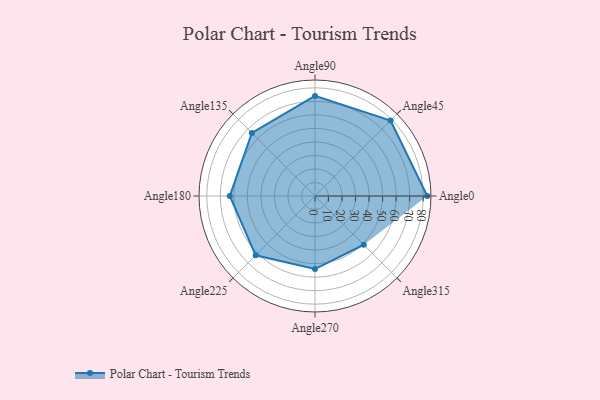
{"axis": {"x": "Angle", "y": "Radius"}, "legend": [""], "data": [{"x": "Angle0", "y": 83.0, "type": ""}, {"x": "Angle45", "y": 79.0, "type": ""}, {"x": "Angle90", "y": 74.0, "type": ""}, {"x": "Angle135", "y": 66.0, "type": ""}, {"x": "Angle180", "y": 63.0, "type": ""}, {"x": "Angle225", "y": 62.0, "type": ""}, {"x": "Angle270", "y": 54.0, "type": ""}, {"x": "Angle315", "y": 51.0, "type": ""}]}